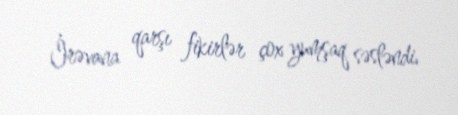
İrəvana qarşı fikirlər çox yumşaq səsləndi.